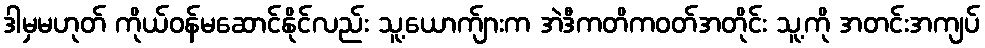
ဒါမှမဟုတ် ကိုယ်ဝန်မဆောင်နိုင်လည်း သူ့ယောက်ျားက အဲဒီကတိကဝတ်အတိုင်း သူ့ကို အတင်းအကျပ်